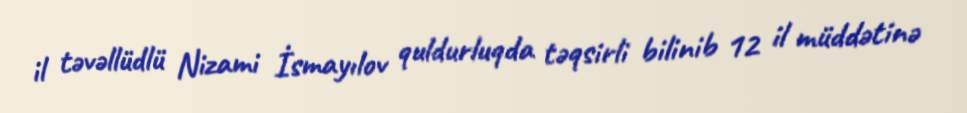
il təvəllüdlü Nizami İsmayılov quldurluqda təqsirli bilinib 12 il müddətinə